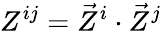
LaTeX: Z^{ij}={\vec{Z}}^{i}\cdot{\vec{Z}}^{j}